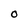
Character: O